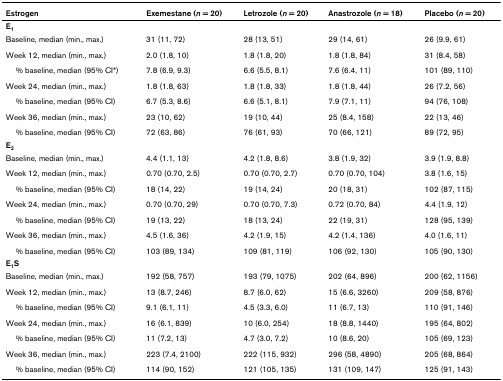
<table><thead><tr><td><b>Estrogen</b></td><td><b>Exemestane (<i>n </i>= 20)</b></td><td><b>Letrozole (<i>n </i>= 20)</b></td><td><b>Anastrozole (<i>n </i>= 18)</b></td><td><b>Placebo (<i>n </i>= 20)</b></td></tr></thead><tbody><tr><td colspan="5"><b>E<sub>1</sub></b></td></tr><tr><td>Baseline, median (min., max.)</td><td>31 (11, 72)</td><td>28 (13, 51)</td><td>29 (14, 61)</td><td>26 (9.9, 61)</td></tr><tr><td>Week 12, median (min., max.)</td><td>2.0 (1.8, 10)</td><td>1.8 (1.8, 20)</td><td>1.8 (1.8, 84)</td><td>31 (8.4, 58)</td></tr><tr><td> % baseline, median (95% CI*)</td><td>7.8 (6.9, 9.3)</td><td>6.6 (5.5, 8.1)</td><td>7.6 (6.4, 11)</td><td>101 (89, 110)</td></tr><tr><td>Week 24, median (min., max.)</td><td>1.8 (1.8, 63)</td><td>1.8 (1.8, 33)</td><td>1.8 (1.8, 44)</td><td>26 (7.2, 56)</td></tr><tr><td> % baseline, median (95% CI)</td><td>6.7 (5.3, 8.6)</td><td>6.6 (5.1, 8.1)</td><td>7.9 (7.1, 11)</td><td>94 (76, 108)</td></tr><tr><td>Week 36, median (min., max.)</td><td>23 (10, 62)</td><td>19 (10, 44)</td><td>25 (8.4, 158)</td><td>22 (13, 46)</td></tr><tr><td> % baseline, median (95% CI)</td><td>72 (63, 86)</td><td>76 (61, 93)</td><td>70 (66, 121)</td><td>89 (72, 95)</td></tr><tr><td colspan="5"><b>E<sub>2</sub></b></td></tr><tr><td>Baseline, median (min., max.)</td><td>4.4 (1.1, 13)</td><td>4.2 (1.8, 8.6)</td><td>3.8 (1.9, 32)</td><td>3.9 (1.9, 8.8)</td></tr><tr><td>Week 12, median (min., max.)</td><td>0.70 (0.70, 2.5)</td><td>0.70 (0.70, 2.7)</td><td>0.70 (0.70, 104)</td><td>3.8 (1.6, 15)</td></tr><tr><td> % baseline, median (95% CI)</td><td>18 (14, 22)</td><td>19 (14, 24)</td><td>20 (18, 31)</td><td>102 (87, 115)</td></tr><tr><td>Week 24, median (min., max.)</td><td>0.70 (0.70, 29)</td><td>0.70 (0.70, 7.3)</td><td>0.72 (0.70, 84)</td><td>4.4 (1.9, 12)</td></tr><tr><td> % baseline, median (95% CI)</td><td>19 (13, 22)</td><td>18 (13, 24)</td><td>22 (19, 31)</td><td>128 (95, 139)</td></tr><tr><td>Week 36, median (min., max.)</td><td>4.5 (1.6, 36)</td><td>4.2 (1.9, 15)</td><td>4.2 (1.4, 136)</td><td>4.0 (1.6, 11)</td></tr><tr><td> % baseline, median (95% CI)</td><td>103 (89, 134)</td><td>109 (81, 119)</td><td>106 (92, 130)</td><td>105 (90, 130)</td></tr><tr><td colspan="5"><b>E<sub>1</sub>S</b></td></tr><tr><td>Baseline, median (min., max.)</td><td>192 (58, 757)</td><td>193 (79, 1075)</td><td>202 (64, 896)</td><td>200 (62, 1156)</td></tr><tr><td>Week 12, median (min., max.)</td><td>13 (8.7, 246)</td><td>8.7 (6.0, 62)</td><td>15 (6.6, 3260)</td><td>209 (58, 876)</td></tr><tr><td> % baseline, median (95% CI)</td><td>9.1 (6.1, 11)</td><td>4.5 (3.3, 6.0)</td><td>11 (6.7, 13)</td><td>110 (91, 146)</td></tr><tr><td>Week 24, median (min., max.)</td><td>16 (6.1, 839)</td><td>10 (6.0, 254)</td><td>18 (8.8, 1440)</td><td>195 (64, 802)</td></tr><tr><td> % baseline, median (95% CI)</td><td>11 (7.2, 13)</td><td>4.7 (3.0, 7.2)</td><td>10 (8.6, 20)</td><td>105 (69, 123)</td></tr><tr><td>Week 36, median (min., max.)</td><td>223 (7.4, 2100)</td><td>222 (115, 932)</td><td>296 (58, 4890)</td><td>205 (68, 864)</td></tr><tr><td> % baseline, median (95% CI)</td><td>114 (90, 152)</td><td>121 (105, 135)</td><td>131 (109, 147)</td><td>125 (91, 143)</td></tr></tbody></table>